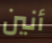
أنين